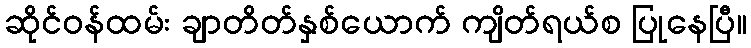
ဆိုင်ဝန်ထမ်း ချာတိတ်နှစ်ယောက် ကျိတ်ရယ်စ ပြုနေပြီ။